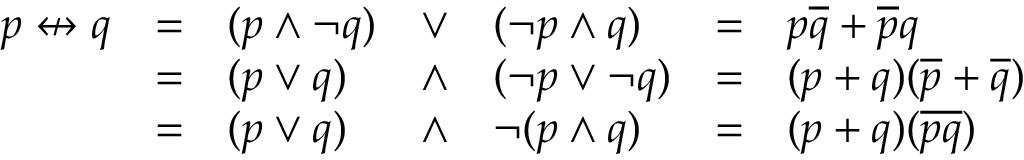
{ \begin{array} { l l l l l l l } { p \nleftrightarrow q } & { = } & { ( p \land \lnot q ) } & { \lor } & { ( \lnot p \land q ) } & { = } & { p { \overline { { q } } } + { \overline { { p } } } q } \\ & { = } & { ( p \lor q ) } & { \land } & { ( \lnot p \lor \lnot q ) } & { = } & { ( p + q ) ( { \overline { { p } } } + { \overline { { q } } } ) } \\ & { = } & { ( p \lor q ) } & { \land } & { \lnot ( p \land q ) } & { = } & { ( p + q ) ( { \overline { { p q } } } ) } \end{array} }